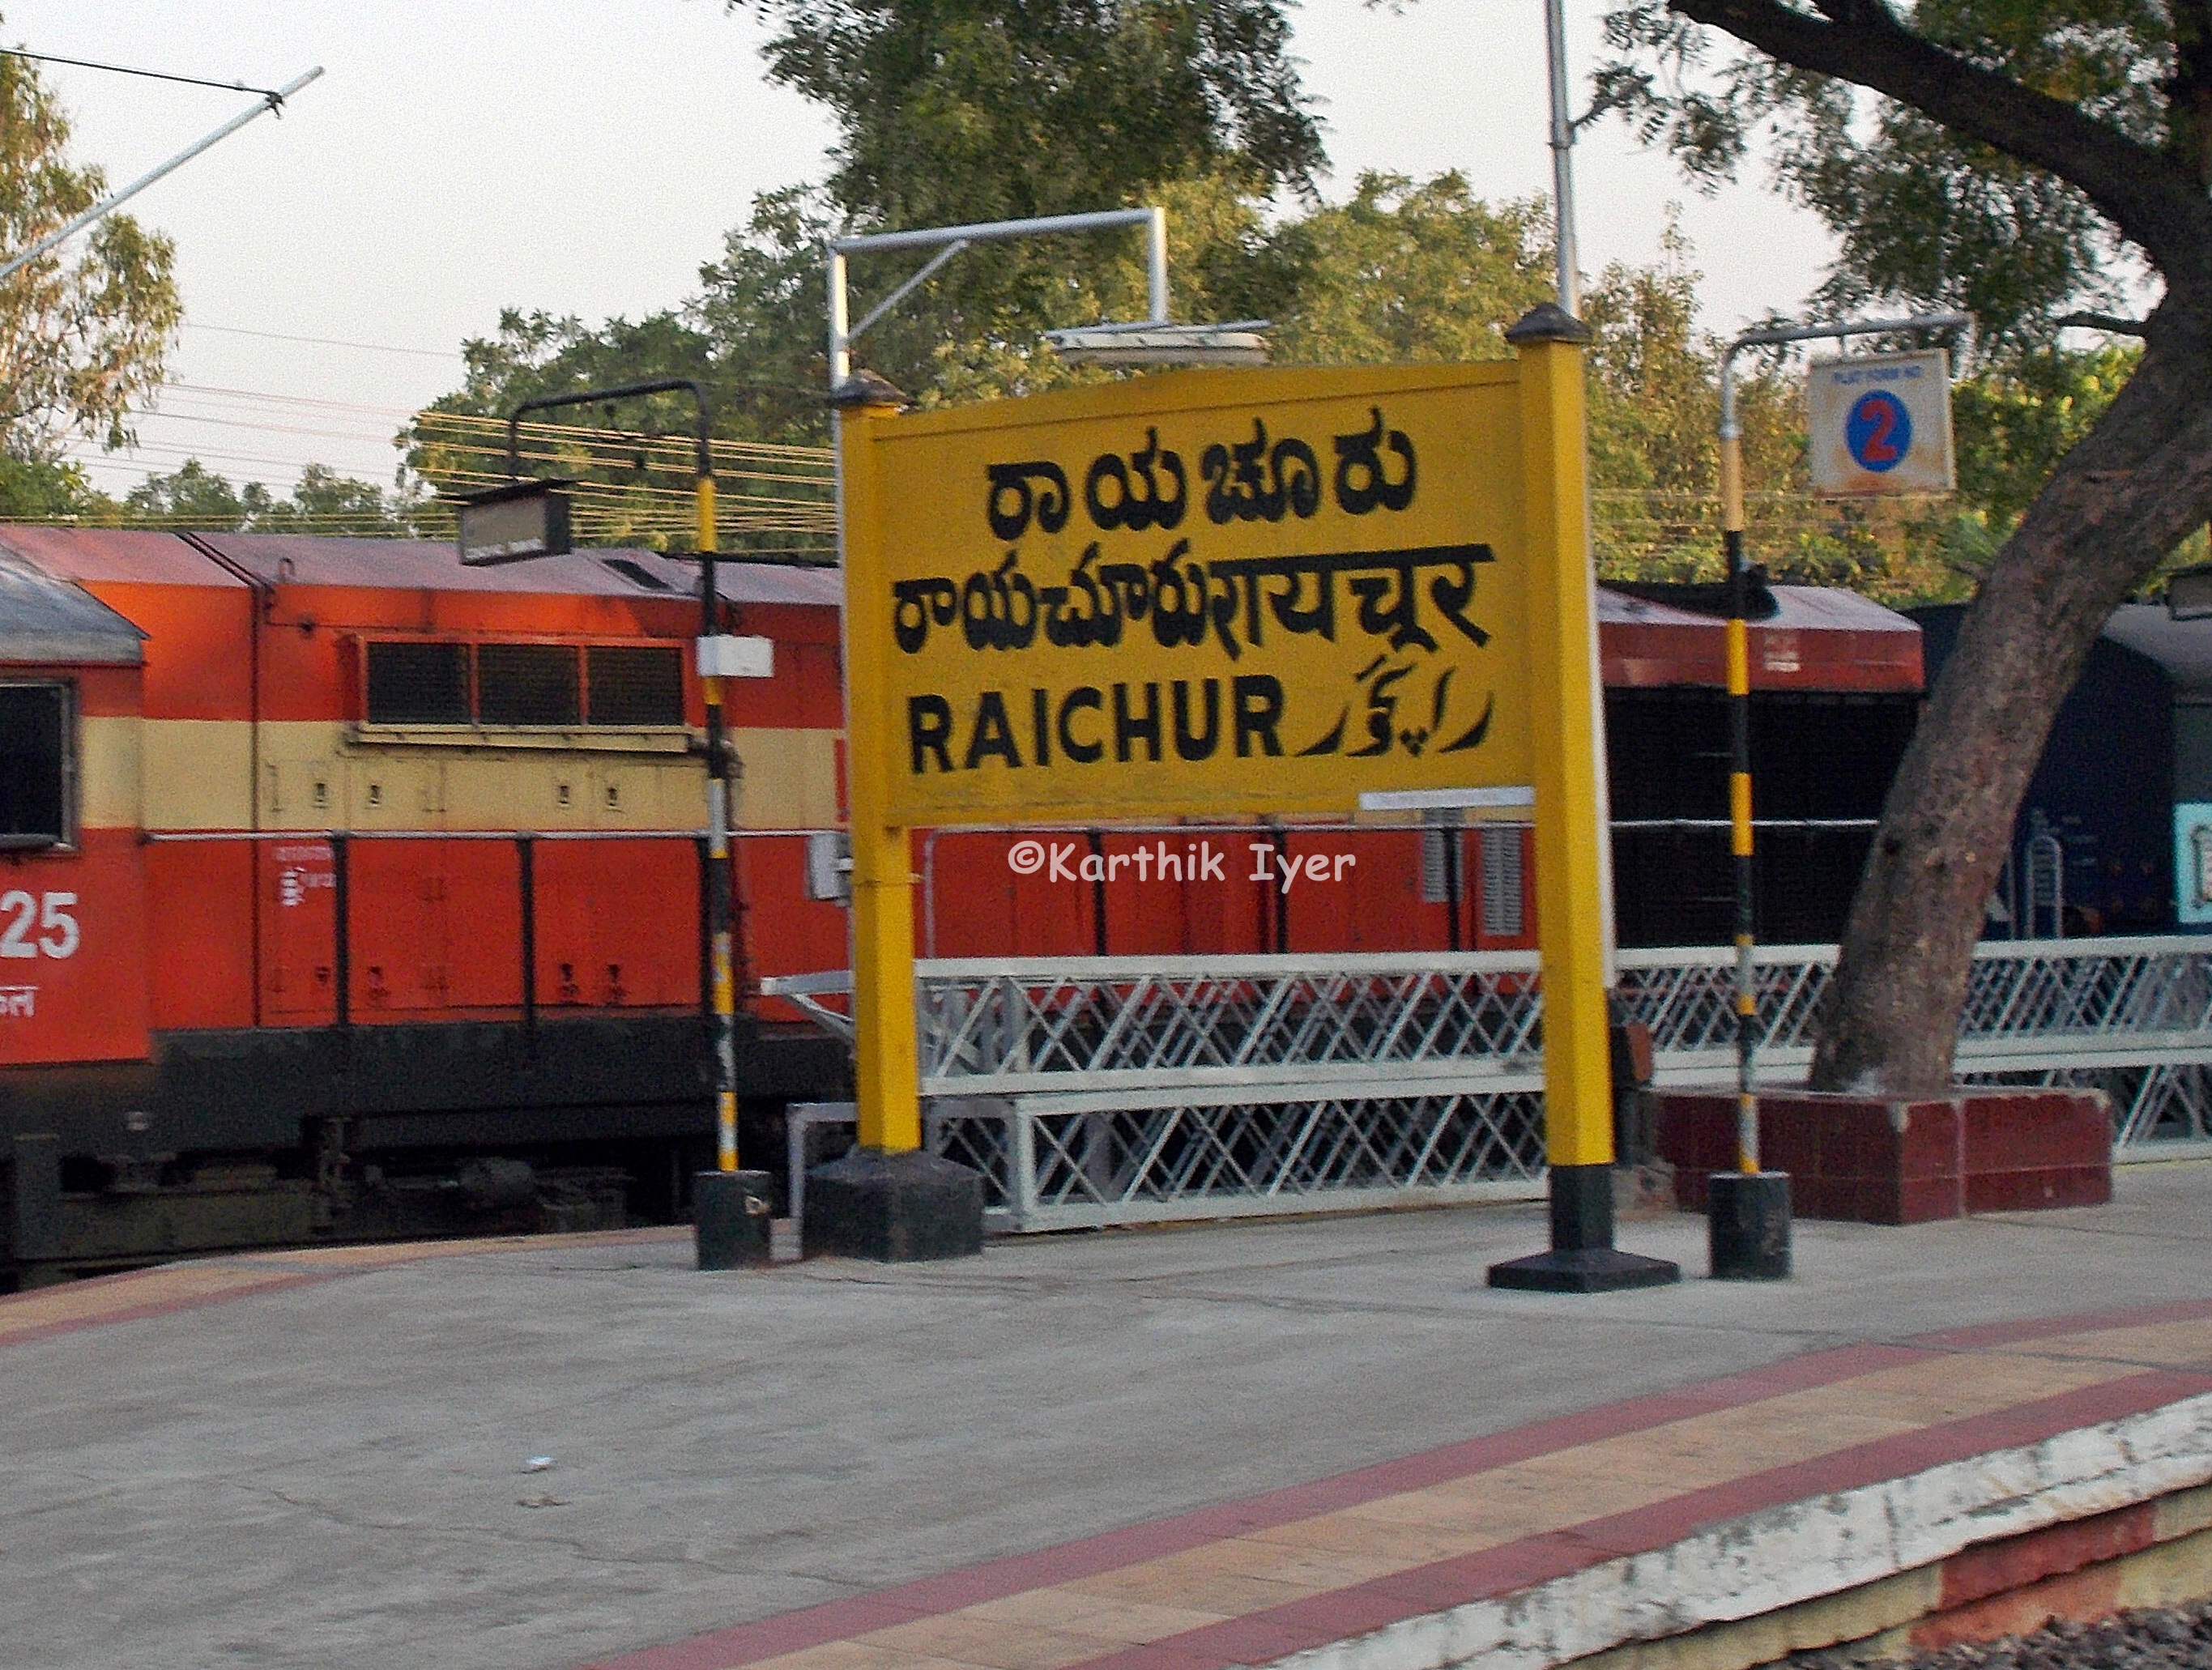
Language: kannada
Transcription: ರಾಯಚೂರು